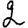
Digit: 2